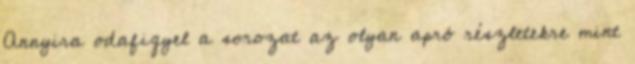
Annyira odafigyel a sorozat az olyan apró részletekre mint